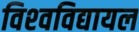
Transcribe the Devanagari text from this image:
विश्‍वविद्यायल